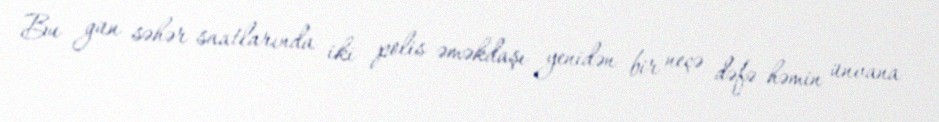
Bu gün səhər saatlarında iki polis əməkdaşı yenidən bir neçə dəfə həmin ünvana